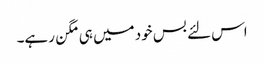
اس لئے بس خود میں ہی مگن رہے۔